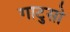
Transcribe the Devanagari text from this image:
गाटुसो